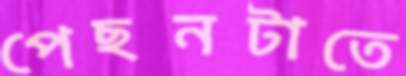
পেছনটাতে